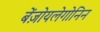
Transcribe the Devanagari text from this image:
बेंज़ोयलेगोनिन